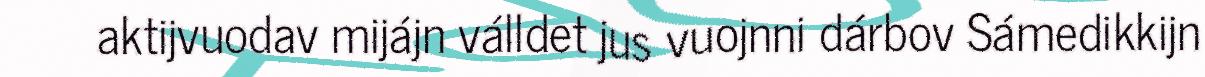
aktijvuodav mijájn válldet jus vuojnni dárbov Sámedikkijn